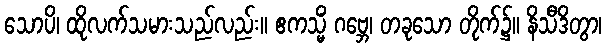
သောပိ၊ ထိုလက်သမားသည်လည်း။ ဧကသ္မိံ ဂဗ္ဘေ၊ တခုသော တိုက်၌။ နိသီဒိတွာ၊